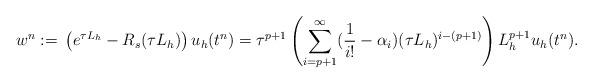
LaTeX: \begin{align*}\begin{aligned} w^n := &\;\left(e^{\tau L_h}-R_s(\tau L_h)\right)u_h(t^n) = \tau^{p+1}\left(\sum_{i=p+1}^\infty (\frac{1}{i!}-\alpha_i) (\tau L_h)^{i-(p+1)}\right)L_h^{p+1} u_h(t^n). \end{aligned}\end{align*}